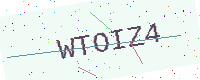
Text: WTOIZ4